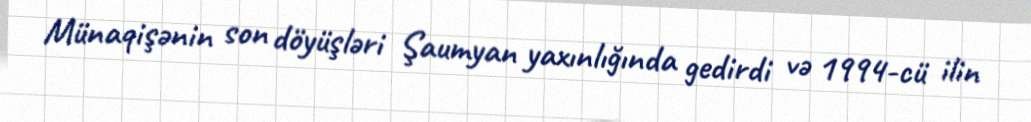
Münaqişənin son döyüşləri Şaumyan yaxınlığında gedirdi və 1994-cü ilin